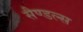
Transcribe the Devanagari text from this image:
सैण्डल्स